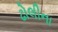
ઢોલીના